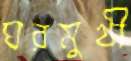
ঘরমুখী